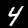
Label: 4